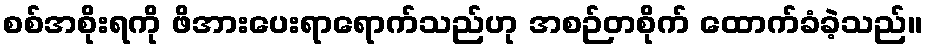
စစ်အစိုးရကို ဖိအားပေးရာရောက်သည်ဟု အစဉ်တစိုက် ထောက်ခံခဲ့သည်။